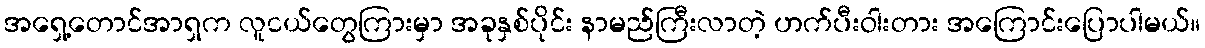
အရှေ့တောင်အာရှက လူငယ်တွေကြားမှာ အခုနှစ်ပိုင်း နာမည်ကြီးလာတဲ့ ဟက်ပီးဝါးတား အကြောင်းပြောပါမယ်။